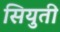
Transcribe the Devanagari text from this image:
सियुती